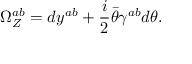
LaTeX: \Omega _ { Z } ^ { a b } = d y ^ { a b } + { \frac { i } { 2 } } \bar { \theta } \gamma ^ { a b } d \theta .